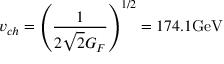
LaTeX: v _ { c h } = \left( { \frac { 1 } { 2 \sqrt { 2 } G _ { F } } } \right) ^ { 1 / 2 } = 1 7 4 . 1 \mathrm { G e V }